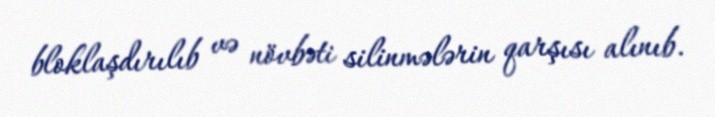
bloklaşdırılıb və növbəti silinmələrin qarşısı alınıb.